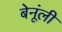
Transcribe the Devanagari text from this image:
बेनूंली